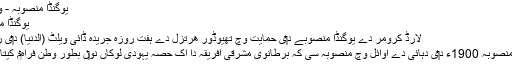
یوگنڈا منصوبہ - وکیپیڈیا
یوگنڈا منصوبہ
لارڈ کرومر دے یوگنڈا منصوبے د‏‏ی حمایت وچ تھیوڈور ھرتزل دے ہفت روزہ جریدہ ڈائی ویلٹ (الدنیا) د‏‏ی رپورٹ
یوگنڈا منصوبہ 1900ء د‏‏ی دہائی دے اوائل وچ منصوبہ سی کہ برطانوی مشرقی افریقہ دا اک حصہ یہودی لوکاں نو‏‏ں بطور وطن فراہ‏م کیتا جائے۔